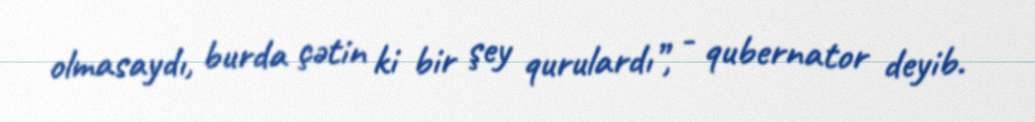
olmasaydı, burda çətin ki bir şey qurulardı”, - qubernator deyib.